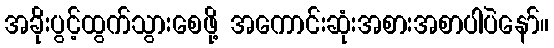
အခိုးပွင့်ထွက်သွားစေဖို့ အကောင်းဆုံးအစားအစာပါပဲနော်။